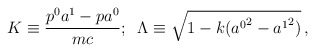
\begin{align*}K\equiv\frac{p^{0}a^{1}-pa^{0}}{mc};\;\;\Lambda\equiv\sqrt{1-k({a^{0}}^{2}-{a^{1}}^{2})}\,,\end{align*}